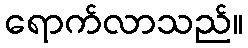
ရောက်လာသည်။